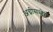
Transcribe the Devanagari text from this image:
अग्नीसमोर